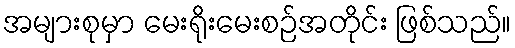
အများစုမှာ မေးရိုးမေးစဉ်အတိုင်း ဖြစ်သည်။